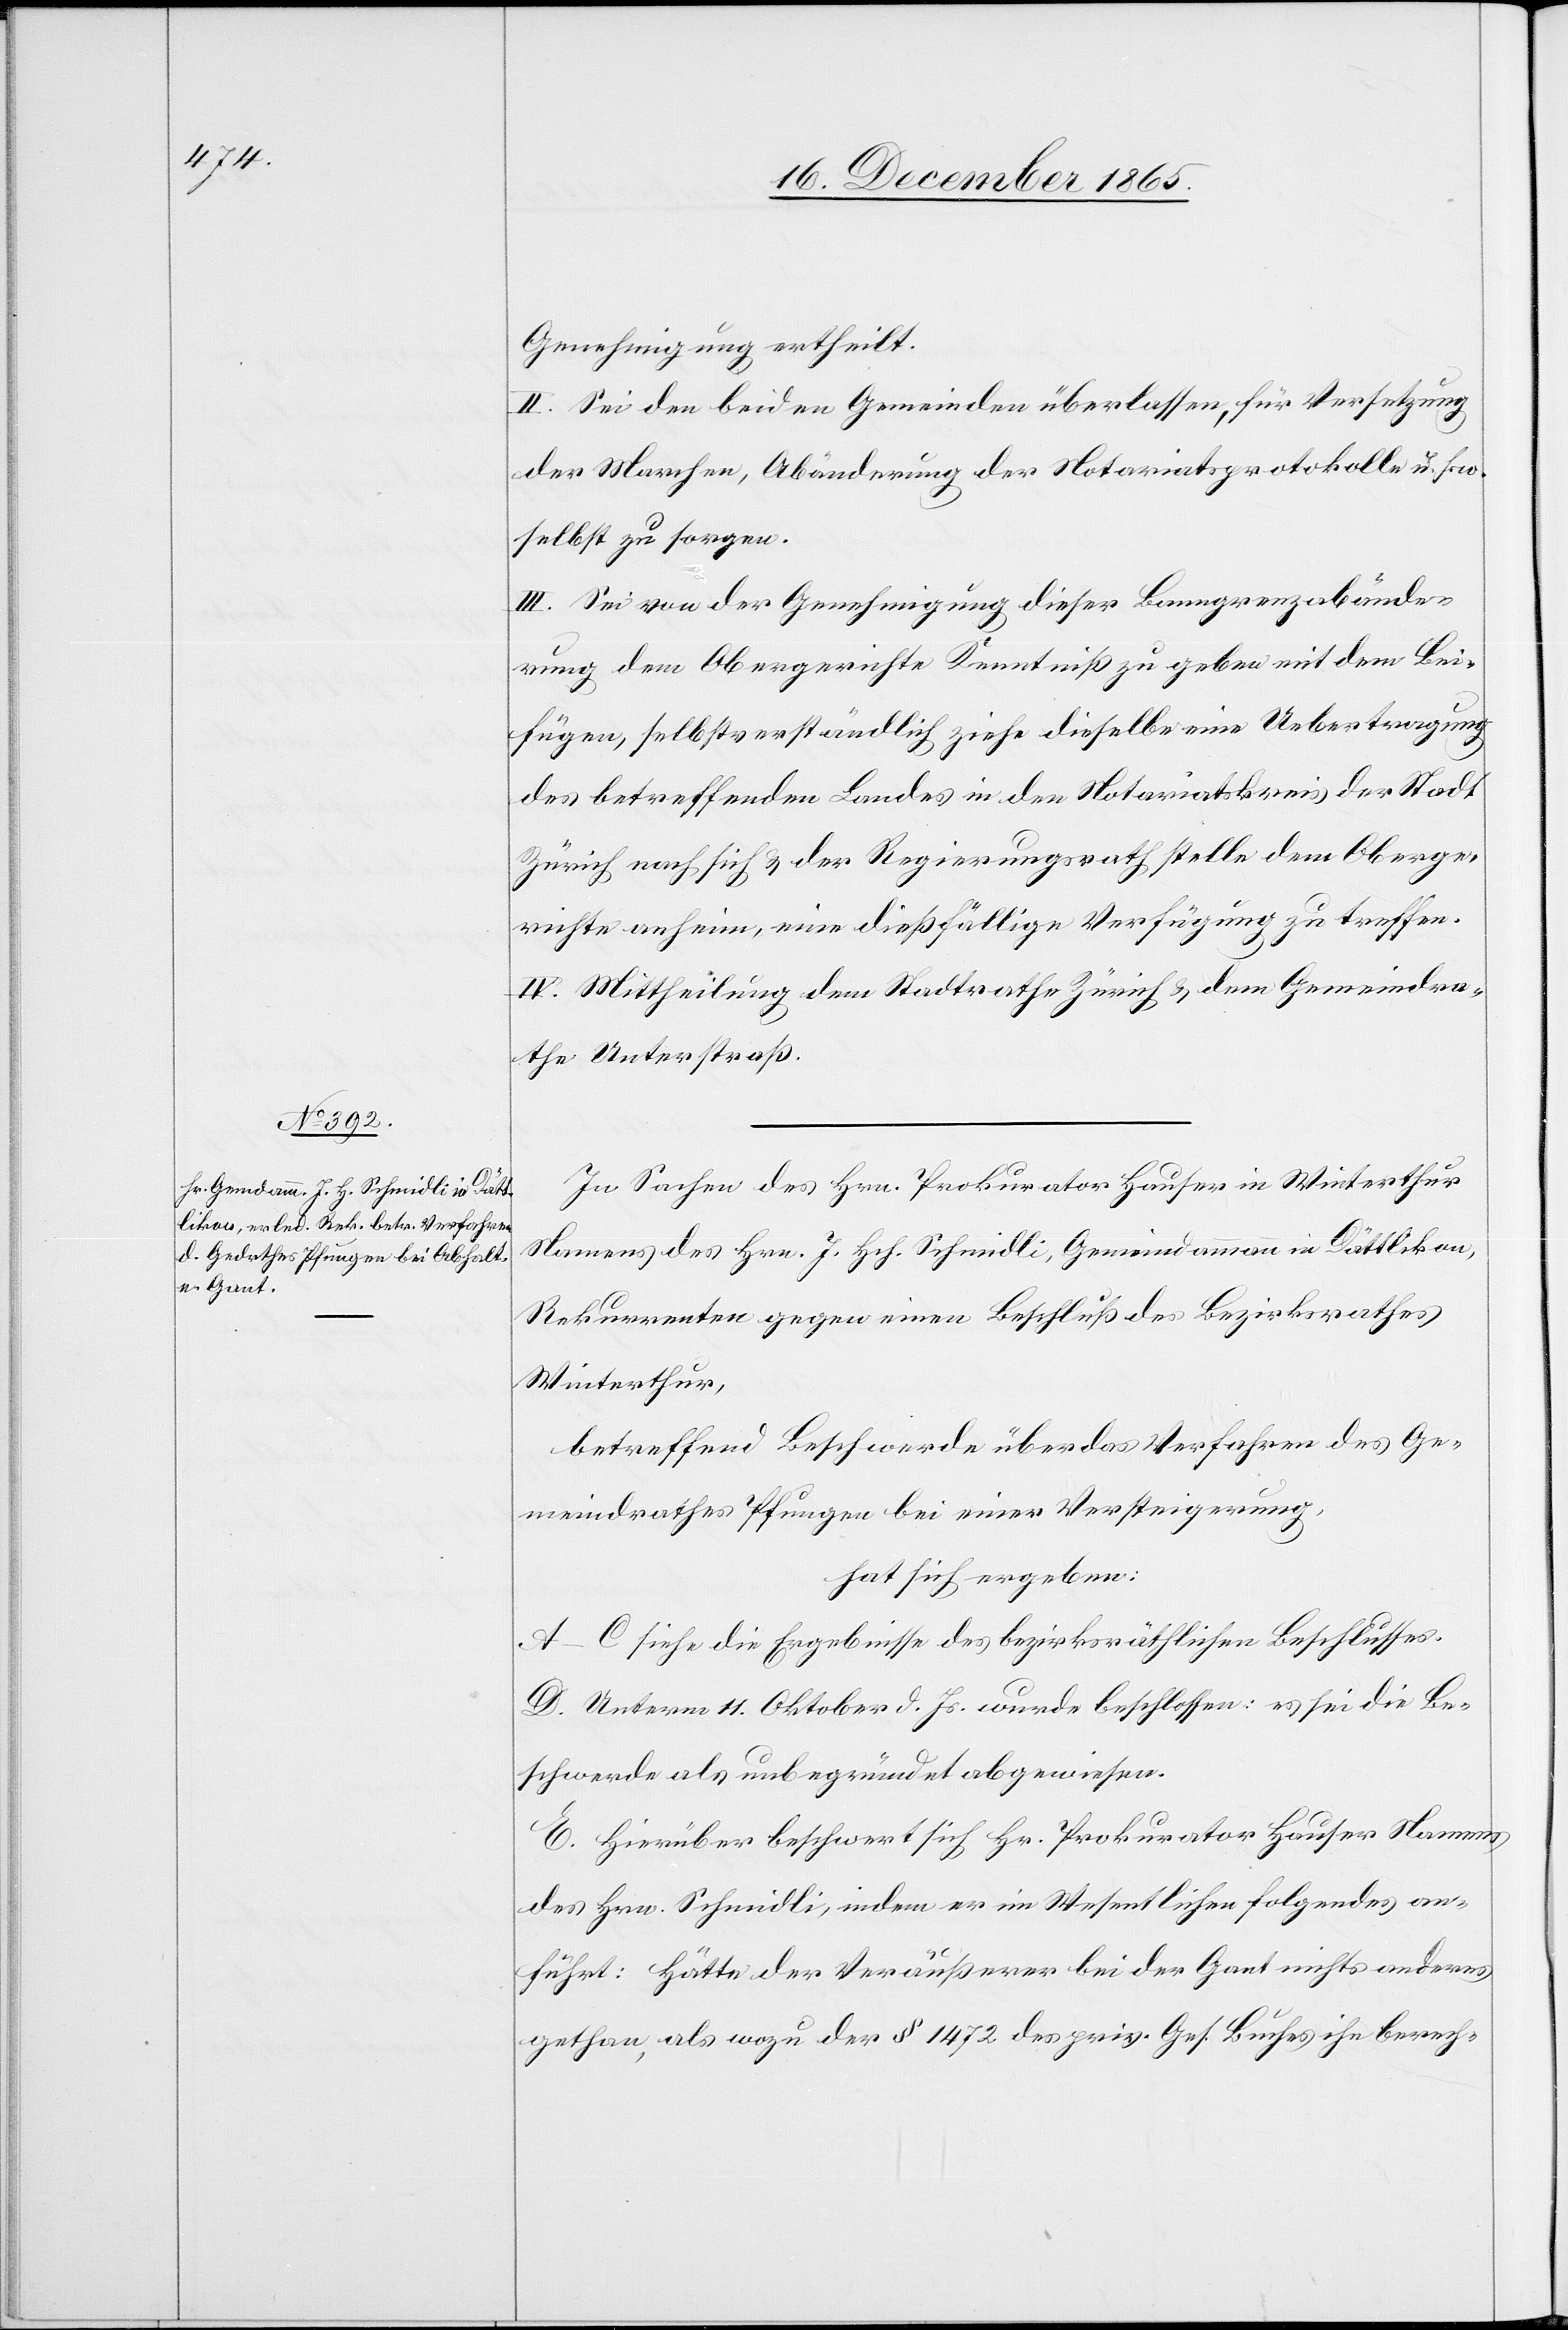
Oberge¬

Genehmigung ertheilt.
II. Sei den beiden Gemeinden überlassen, für Versetzung
der Marchen, Abänderung der Notariatsprotokolle u. s. w.
selbst zu sorgen.
III. Sei von der Genehmigung dieser Banngrenzabände¬
rung dem Obergerichte Kenntniß zu geben mit dem Bei¬
fügen, selbstverständlich ziehe dieselbe eine Uebertragung
des betreffenden Landes in den Notariatskreis Zürich
richte anhin, eine dießfällige Verfügung zu treffen.
IV. Mittheilung dem Stadtrathe Zürich & dem Gemeindra¬
the Unterstraß.